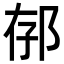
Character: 𨚲